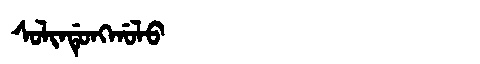
Manchu: ᠰᠣᠯᡳᠨᡩᡠᠩᡤᠣᠯᠣ
Romanization: SOLINDUNGGOLO